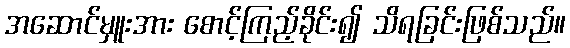
အဆောင်မှူးအား စောင့်ကြည့်ခိုင်း၍ သိရခြင်းဖြစ်သည်။